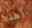
اهدا